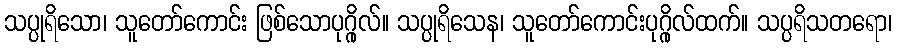
သပ္ပုရိသော၊ သူတော်ကောင်း ဖြစ်သောပုဂ္ဂိုလ်။ သပ္ပုရိသေန၊ သူတော်ကောင်းပုဂ္ဂိုလ်ထက်။ သပ္ပရိသတရော၊